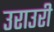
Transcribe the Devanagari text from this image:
उराउरी